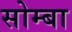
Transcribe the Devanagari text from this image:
सोम्बा